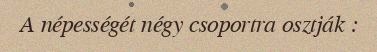
A népességét négy csoportra osztják :